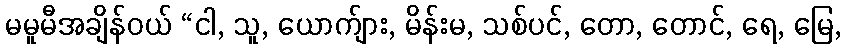
မမူမီအချိန်ဝယ် “ငါ, သူ, ယောက်ျား, မိန်းမ, သစ်ပင်, တော, တောင်, ရေ, မြေ,